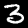
Label: 3